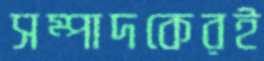
সম্পাদকেরই